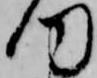
何